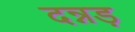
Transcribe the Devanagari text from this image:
दन्नड़